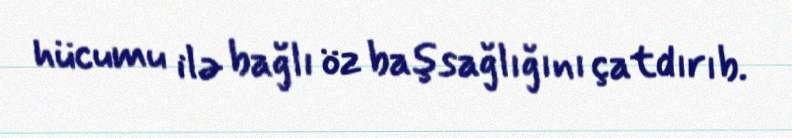
hücumu ilə bağlı öz başsağlığını çatdırıb.